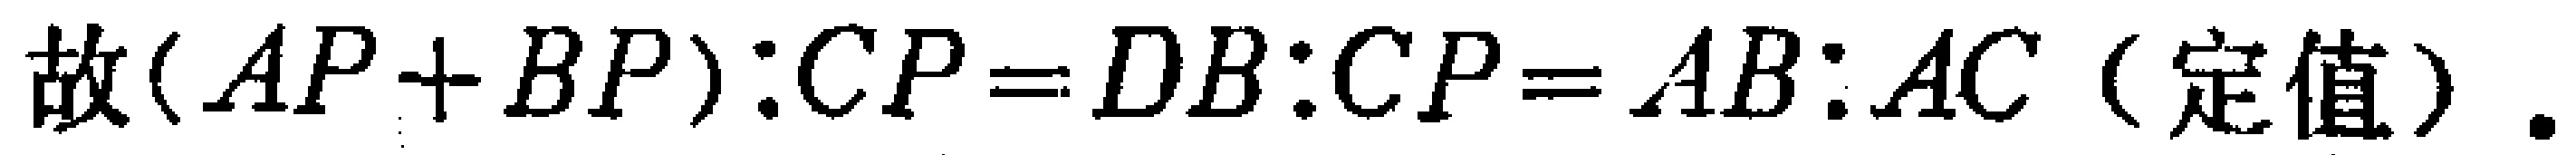
故\((AP + BP):CP = DB:CP = AB:AC\)（定值）.